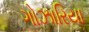
ગોઝારિયા